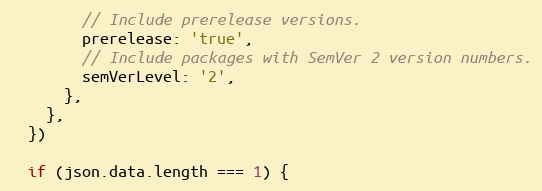
Language: JavaScript
        // Include prerelease versions.
        prerelease: 'true',
        // Include packages with SemVer 2 version numbers.
        semVerLevel: '2',
      },
    },
  })

  if (json.data.length === 1) {